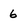
Character: 6